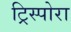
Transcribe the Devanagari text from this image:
ट्रिस्पोरा